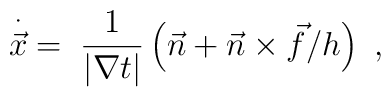
\stackrel{\cdot}{\vec{x}}\;=\;\frac{1}{|\nabla t|} \left( \vec{n} +  \vec{n} \times \vec{f}/h\right) \ ,